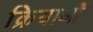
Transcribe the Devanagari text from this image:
क्रियाओँ